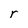
Character: r